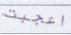
اعجبت